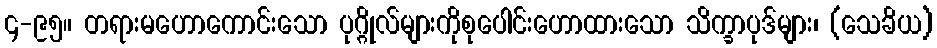
၄-၉၅။ တရားမဟောကောင်းသော ပုဂ္ဂိုလ်များကိုစုပေါင်းဟောထားသော သိက္ခာပုဒ်များ၊ (သေခိယ)